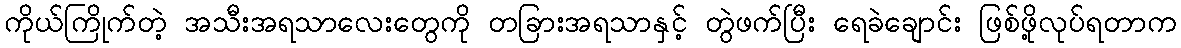
ကိုယ်ကြိုက်တဲ့ အသီးအရသာလေးတွေကို တခြားအရသာနှင့် တွဲဖက်ပြီး ရေခဲချောင်း ဖြစ်ဖို့လုပ်ရတာက